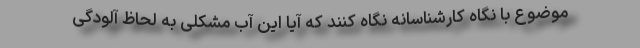
موضوع با نگاه کارشناسانه نگاه کنند که آیا این آب مشکلی به لحاظ آلودگی